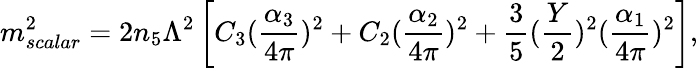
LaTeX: m_{scalar}^{2}=2n_{5}\Lambda^{2}\left[C_{3}(\frac{\alpha_{3}}{4\pi})^{2}+C_{2}(\frac{\alpha_{2}}{4\pi})^{2}+\frac{3}{5}(\frac{Y}{2})^{2}(\frac{\alpha_{1}}{4\pi})^{2}\right],